Report on horse surra - Volume I
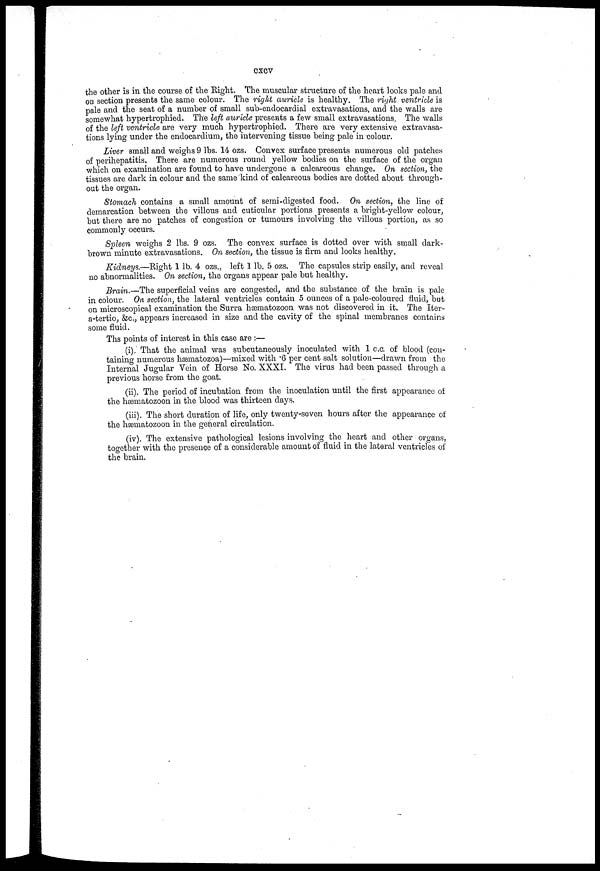
cxcv
the other is in the course of the Eight. The muscular structure of the heart looks pale and
on section presents the same colour. The right auricle is healthy. The right ventricle is
pale and the seat of a number of small sub-endocardial extravasations, and the walls are
somewhat hypertrophied. The left auricle presents a few small extravasations. The walls
of the left ventricle are very much hypertrophied. There are very extensive extravasa-
tions lying under the endocardium, the intervening tissue being pale in colour.
Liver small and weighs 9 lbs. 14 ozs. Convex surface presents numerous old patches
of perihepatitis. There are numerous round yellow bodies on the surface of the organ
which on examination are found to have undergone a calcareous change. On section, the
tissues are dark in colour and the same kind of calcareous bodies are dotted about through-
out the organ.
Stomach contains a small amount of semi-digested food. On section, the line of
demarcation between the villous and cuticular portions presents a bright-yellow colour,
but there are no patches of congestion or tumours involving the villous portion, as so
commonly occurs.
Spleen weighs 2 lbs. 9 ozs. The convex surface is clotted over with small dark-
brown minute extravasations. On section, the tissue is firm and looks healthy.
Kidneys.—Eight 1 lb. 4 ozs., left 1 lb. 5 ozs. The capsules strip easily, and reveal
no abnormalities. On section, the organs appear pale but healthy.
Brain.—The superficial veins are congested, and the substance of the brain is pale
in colour. On section, the lateral ventricles contain 5 ounces of a pale-coloured fluid, but
on microscopical examination the Surra hæmatozoon was not discovered in it. The Iter-
a-tertio, &c, appears increased in size and the cavity of the spinal membranes contains
some fluid.
Ths points of interest in this case are :—
(i). That the animal was subcutaneously inoculated with 1 c.c. of blood (con-
taining numerous hæmatozoa)—mixed with .6 per cent salt solution—drawn from the
Internal Jugular Vein of Horse No. XXXI. The virus had been passed through a
previous horse from the goat.
(ii). The period of incubation from the inoculation until the first appearance of
the hæmatozoon in the blood was thirteen days.
(iii). The short duration of life, only twenty-seven hours after the appearance of
the hæmatozoon in the general circulation.
(iv). The extensive pathological lesions involving the heart and other organs,
together with the presence of a considerable amount of fluid in the lateral ventricles of
the brain.